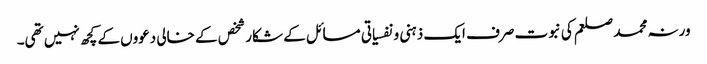
ورنہ محمد صلعم کی نبوت صرف ایک ذہنی و نفسیاتی مسائل کے شکار شخص کے خالی دعووں کے کچھ نہیں تھی۔